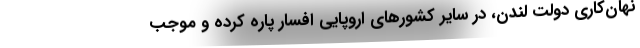
نهان‌کاری دولت لندن، در سایر کشورهای اروپایی افسار پاره کرده و موجب